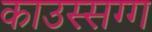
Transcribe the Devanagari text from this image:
काउस्सग्ग